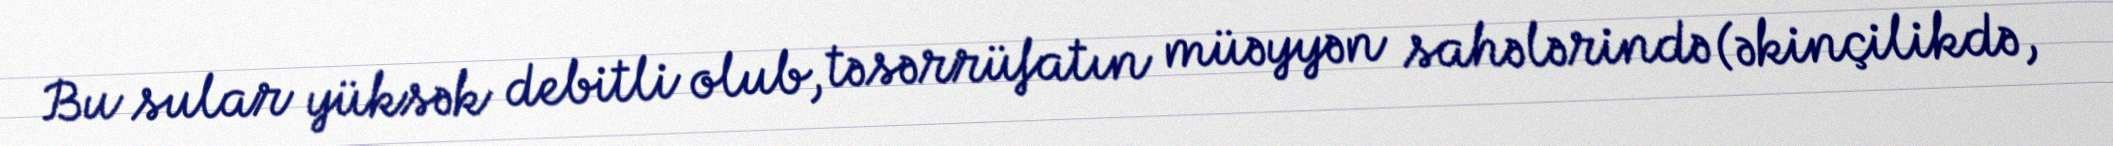
Bu sular yüksək debitli olub, təsərrüfatın müəyyən sahələrində (əkinçilikdə,